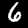
Digit: 6